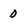
Character: 0